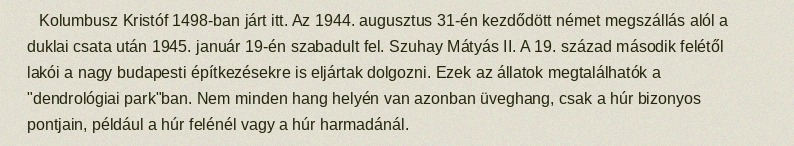
Kolumbusz Kristóf 1498-ban járt itt. Az 1944. augusztus 31-én kezdődött német megszállás alól a duklai csata után 1945. január 19-én szabadult fel. Szuhay Mátyás II. A 19. század második felétől lakói a nagy budapesti építkezésekre is eljártak dolgozni. Ezek az állatok megtalálhatók a "dendrológiai park"ban. Nem minden hang helyén van azonban üveghang, csak a húr bizonyos pontjain, például a húr felénél vagy a húr harmadánál.